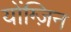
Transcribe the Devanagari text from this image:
योंग्ज़िन